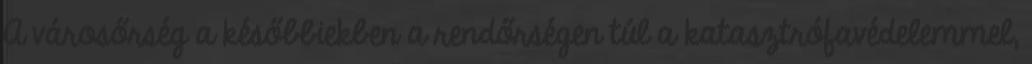
A városőrség a későbbiekben a rendőrségen túl a katasztrófavédelemmel,